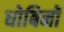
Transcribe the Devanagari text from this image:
धोबिनों